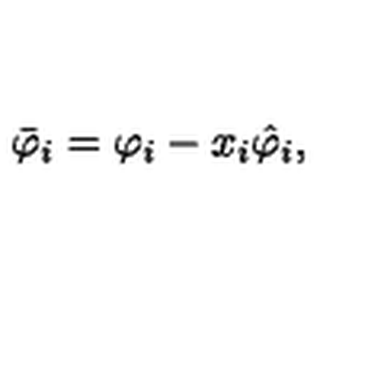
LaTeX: \bar { \varphi } _ { i } = \varphi _ { i } - x _ { i } \hat { \varphi } _ { i } ,